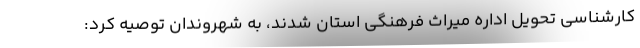
کارشناسی تحویل اداره میراث فرهنگی استان شدند، به شهروندان توصیه کرد: